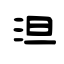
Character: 泹